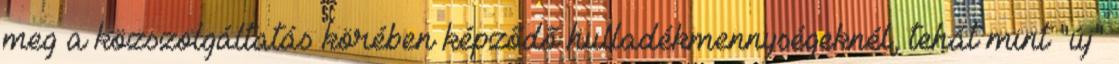
meg a közszolgáltatás körében képződő hulladékmennységeknél, tehát mint "új"